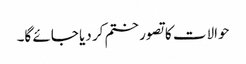
حوالات کا تصور ختم کر دیا جائے گا۔